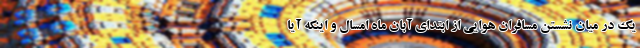
یک در میان نشستن مسافران هوایی از ابتدای آبان ماه امسال و اینکه آیا